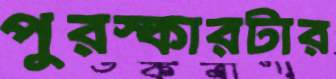
পুরস্কারটার